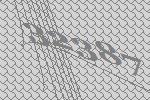
32387